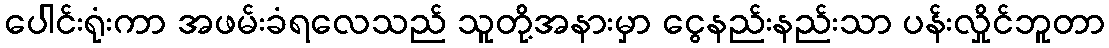
ပေါင်းရုံးကာ အဖမ်းခံရလေသည် သူတို့အနားမှာ ငွေနည်းနည်းသာ ပန်းလှိုင်ဘူတာ